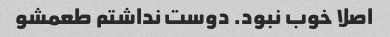
اصلا خوب نبود. دوست نداشتم طعمشو